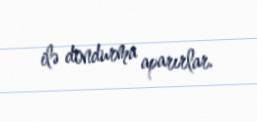
ilə dondurma aparırlar.